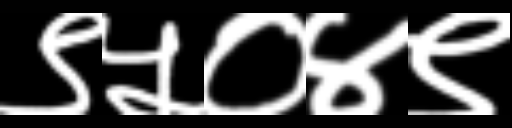
Text: ९५०४९